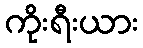
ကိုးရီးယား